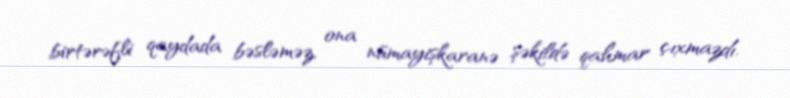
birtərəfli qaydada bəsləməz, ona nümayişkaranə şəkildə qahmar çıxmazdı.